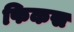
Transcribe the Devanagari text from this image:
फिकस